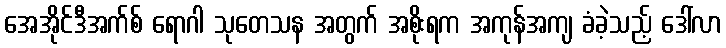
အေအိုင်ဒီအက်စ် ရောဂါ သုတေသန အတွက် အစိုးရက အကုန်အကျ ခံခဲ့သည့် ဒေါ်လာ